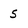
Character: 5